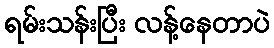
ရမ်းသန်းပြီး လန့်နေတာပဲ